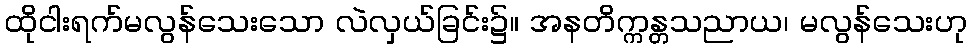
ထိုငါးရက်မလွန်သေးသော လဲလှယ်ခြင်း၌။ အနတိက္ကန္တသညာယ၊ မလွန်သေးဟု